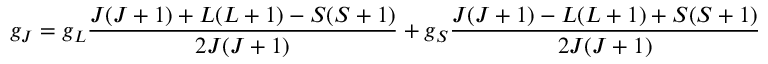
g _ { J } = g _ { L } { \frac { J ( J + 1 ) + L ( L + 1 ) - S ( S + 1 ) } { 2 J ( J + 1 ) } } + g _ { S } { \frac { J ( J + 1 ) - L ( L + 1 ) + S ( S + 1 ) } { 2 J ( J + 1 ) } }